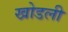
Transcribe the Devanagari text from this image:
खोडली